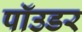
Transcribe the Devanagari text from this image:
पॉउडर